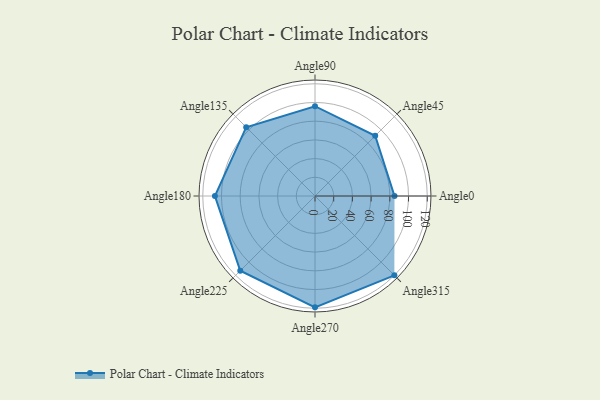
{"axis": {"x": "Angle", "y": "Radius"}, "legend": [""], "data": [{"x": "Angle0", "y": 85.0, "type": ""}, {"x": "Angle45", "y": 91.0, "type": ""}, {"x": "Angle90", "y": 96.0, "type": ""}, {"x": "Angle135", "y": 104.0, "type": ""}, {"x": "Angle180", "y": 107.0, "type": ""}, {"x": "Angle225", "y": 113.0, "type": ""}, {"x": "Angle270", "y": 119.0, "type": ""}, {"x": "Angle315", "y": 120.0, "type": ""}]}